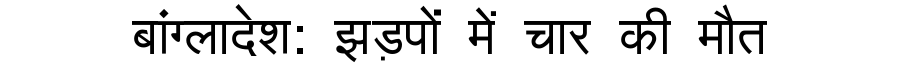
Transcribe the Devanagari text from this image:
बांग्लादेश: झड़पों में चार की मौत